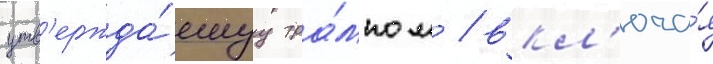
утв'ержда́емуу тра́мпом / вкл'юча́я